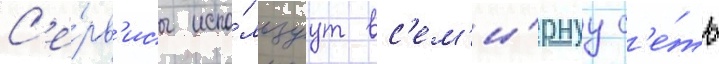
С'е́рв'исы испо́льзуут вс'ем'и́рнуу с'е́ть